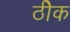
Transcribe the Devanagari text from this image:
ठीेक